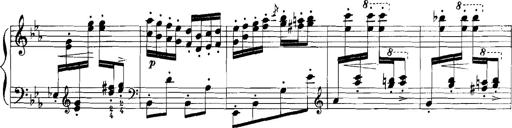
Title: Rhapsodies hongroises
Composer: Franz Liszt